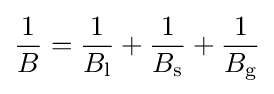
{\frac {1}{B}}={\frac {1}{B_{\text{l}}}}+{\frac {1}{B_{\text{s}}}}+{\frac {1}{B_{\text{g}}}}